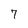
Character: 7